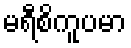
မရီစိကူပမာ